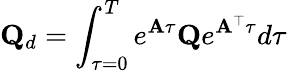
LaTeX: \mathbf{Q}_{d}=\int_{\tau=0}^{T}e^{\mathbf{A}\tau}\mathbf{Q}e^{\mathbf{A}^{\top}\tau}d\tau